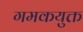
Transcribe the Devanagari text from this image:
गमकयुक्त